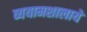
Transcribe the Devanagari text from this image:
व्ययामशालाये